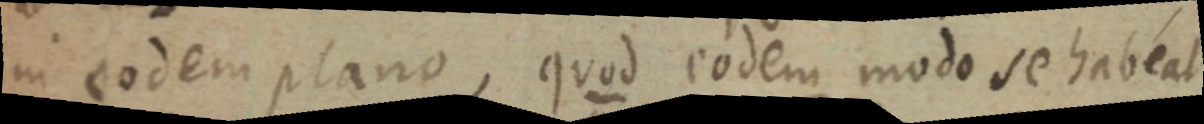
in eodem plano, quod eodem modo se habeat